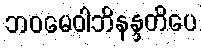
ဘဝမေဝါဘိနန္ဒတိပေ